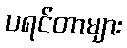
ပရင်တာများ